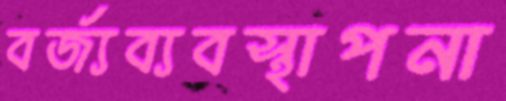
বর্জ্যব্যবস্থাপনা